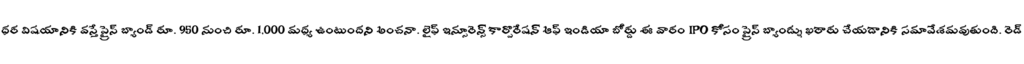
ధర విషయానికి వస్తే ప్రైస్ బ్యాండ్ రూ. 950 నుంచి రూ. 1,000 మధ్య ఉంటుందని అంచనా. లైఫ్ ఇన్సూరెన్స్ కార్పొరేషన్ ఆఫ్ ఇండియా బోర్డు ఈ వారం IPO కోసం ప్రైస్ బ్యాండ్ను ఖరారు చేయడానికి సమావేశమవుతుంది. రెడ్